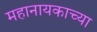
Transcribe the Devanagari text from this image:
महानायकाच्या